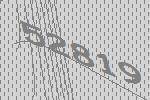
52819